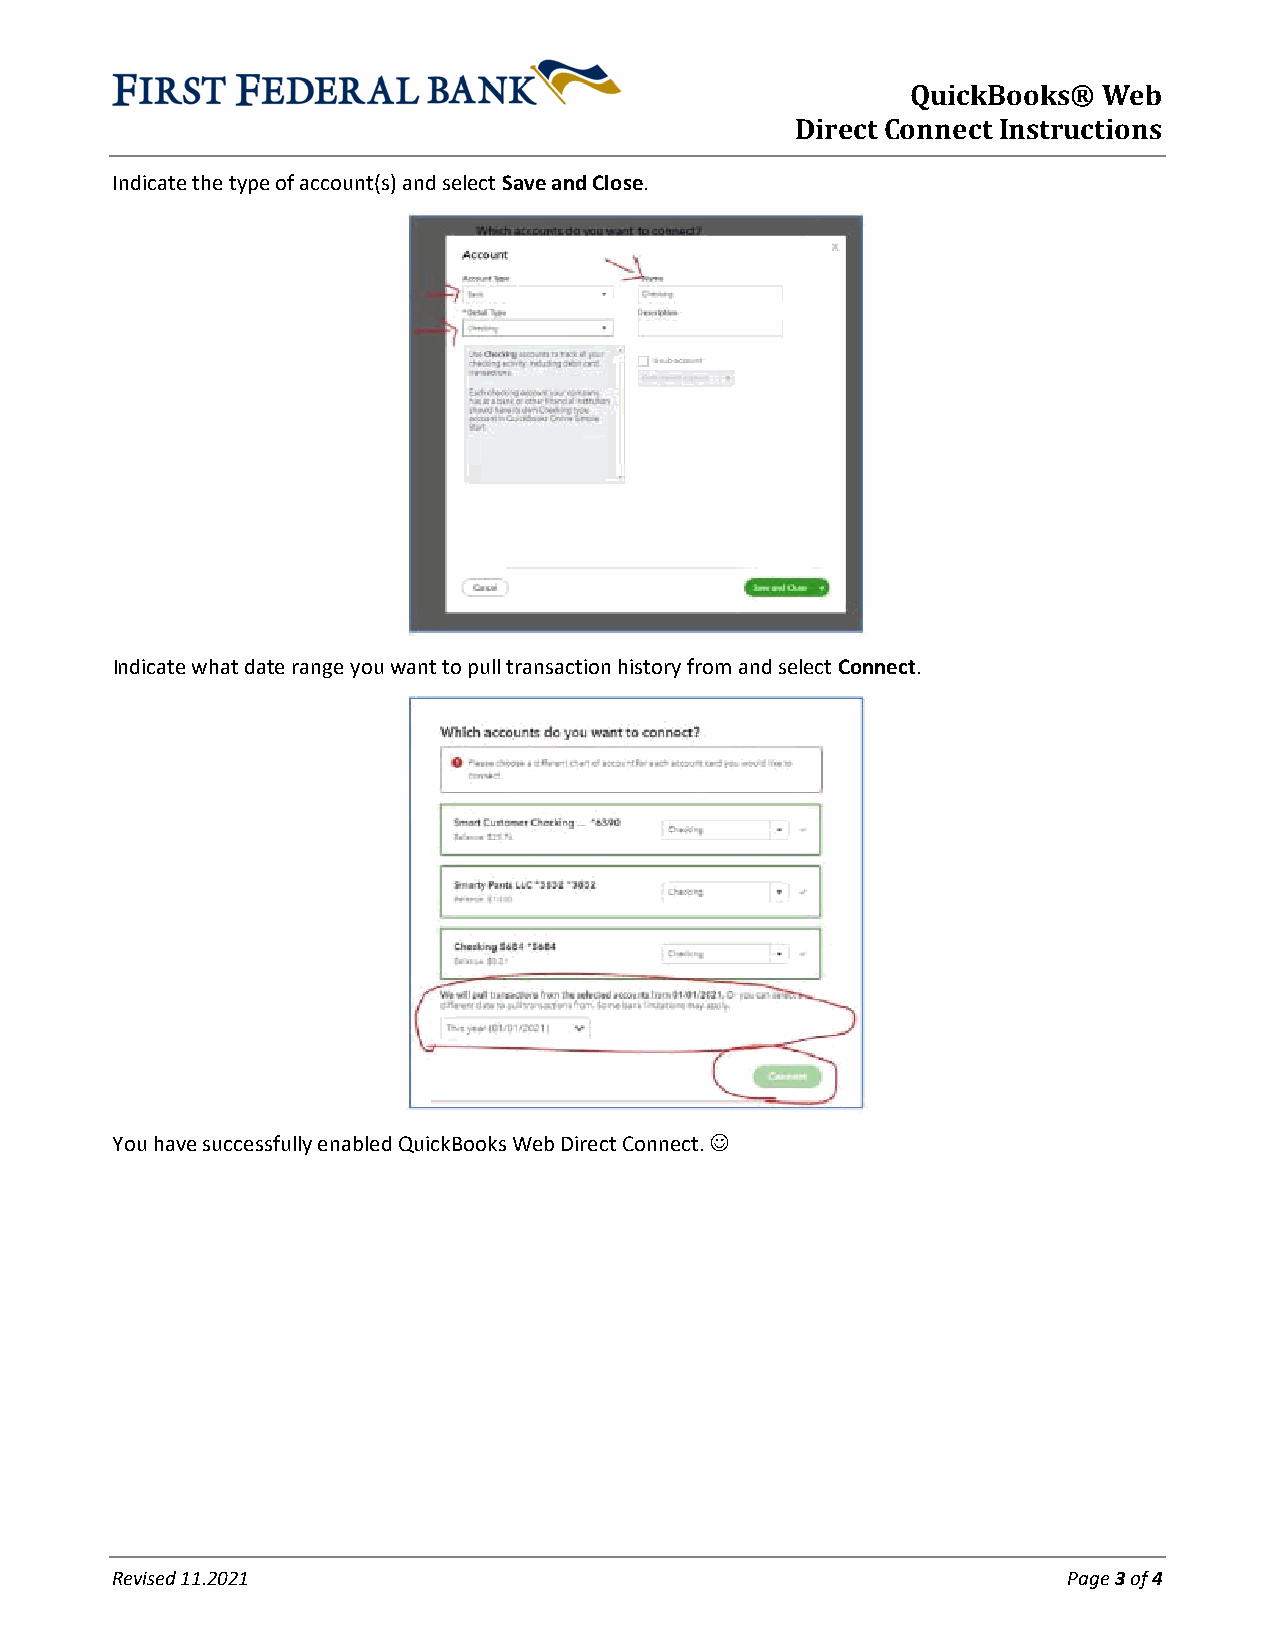
QuickBooks®  Web
 Direct Connect Instructions
 Indicate the type of account(s) and select Save and Close.
 Indicate what date range you want to pull transaction history from and select Connect.
 You have successfully enabled QuickBooks Web Direct Connect. 
 Revised 11.2021                                                 Page 3 of 4